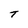
Character: T